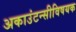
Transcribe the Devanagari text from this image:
अकाउंटन्सीविषयक